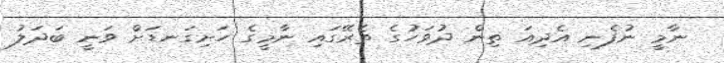
ނާމީ ނުފެނި އެދިއަ ތިން ދުވަހުގެ ތެރޭގައި ނާމީގެ ހަށިގަނޑަށް ވަނީ ބަދަލު